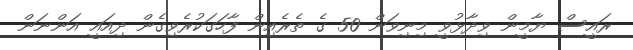
ރައީސް ޔާމީން ވިދާޅުވީ މިނިވަން 50 ގެ ތެރެއިން ފާހަގަކުރެވިގެން ދިއައީ އަންނަން